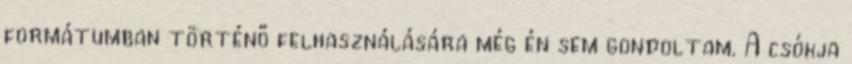
formátumban történő felhasználására még én sem gondoltam. A csókja